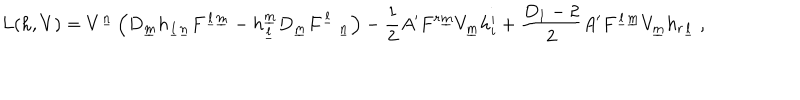
L ( h , V ) = V ^ { \underline { { n } } } \left( D _ { \underline { { m } } } h _ { \underline { { l } } \underline { { n } } } F ^ { \underline { { l } } \underline { { m } } } - h _ { \underline { { l } } } ^ { \underline { { m } } } D _ { \underline { { m } } } F _ { \quad \underline { { n } } } ^ { \underline { { l } } } \right) - \frac { 1 } { 2 } A ^ { \prime } F ^ { r \underline { { m } } } V _ { \underline { { m } } } h _ { i } ^ { i } + \frac { D _ { 1 } - 2 } { 2 } A ^ { \prime } F ^ { \underline { { l } } \underline { { m } } } V _ { \underline { { m } } } h _ { r \underline { { l } } } ~ ,